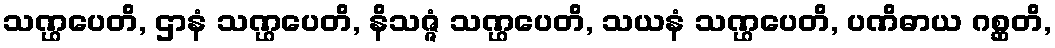
သဏ္ဌပေတိ, ဌာနံ သဏ္ဌပေတိ, နိသဇ္ဇံ သဏ္ဌပေတိ, သယနံ သဏ္ဌပေတိ, ပဏိဓာယ ဂစ္ဆတိ,